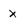
Character: x